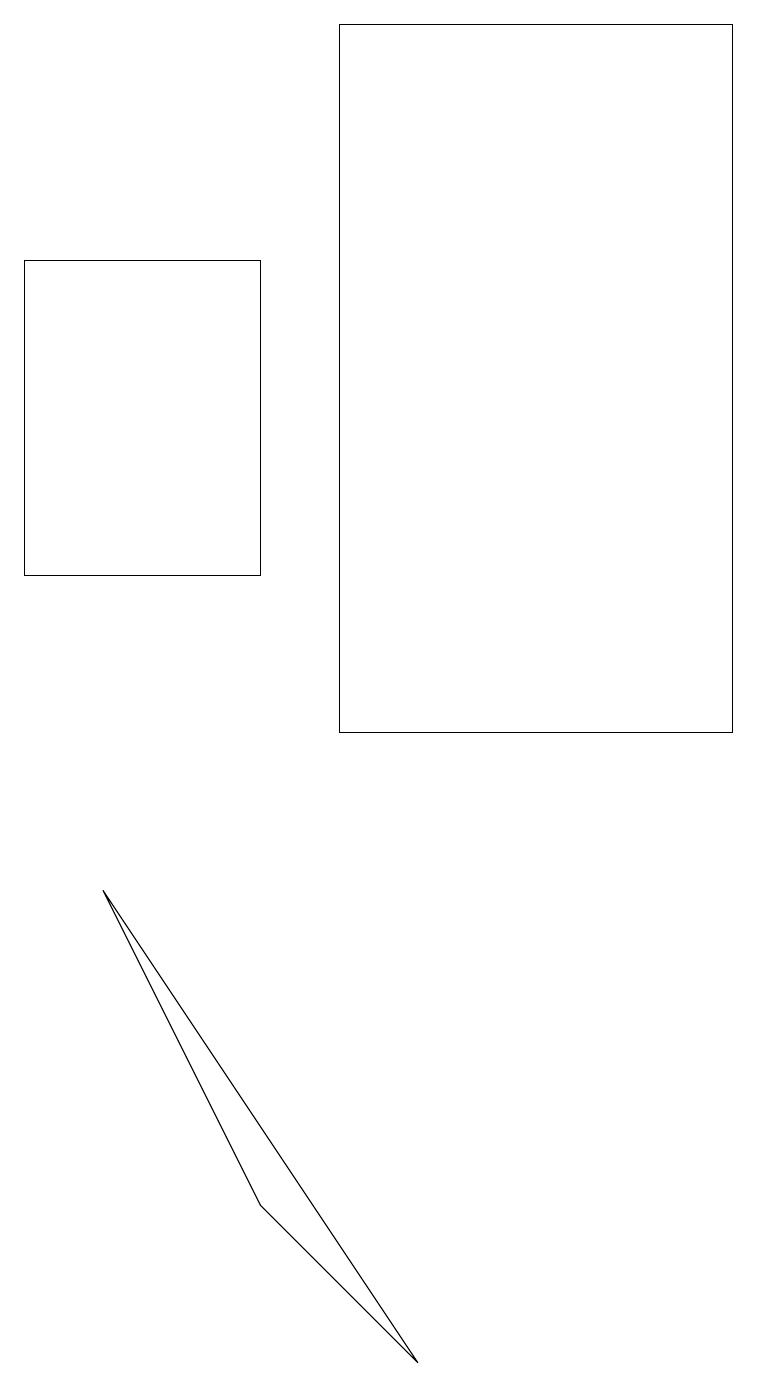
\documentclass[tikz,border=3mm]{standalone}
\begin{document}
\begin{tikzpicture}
\draw (3,16) rectangle (0,12);
\draw (4,10) rectangle (9,19);
\draw (3,4) -- (5,2) -- (1,8) -- cycle;
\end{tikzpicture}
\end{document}